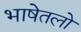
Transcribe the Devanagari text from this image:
भाषेतलो